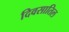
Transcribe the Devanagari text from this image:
दिवसातिल